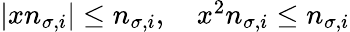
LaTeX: \begin{array}{r}{|xn_{\sigma,i}|\leq n_{\sigma,i},\quad x^{2}n_{\sigma,i}\leq n_{\sigma,i}}\end{array}